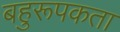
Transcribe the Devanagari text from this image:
बहुरूपकता